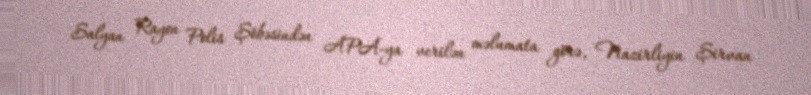
Salyan Rayon Polis Şöbəsindən APA-ya verilən məlumata görə, Nazirliyin Şirvan